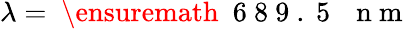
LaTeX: \lambda=\mathrm{~\ensuremath~{~6~8~9~.~5~}~\, ~n~m~}